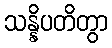
သန္နိပတိတွာ